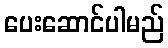
ပေးဆောင်ပါမည်